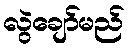
လွဲချော်မည်